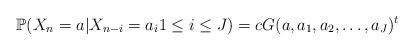
LaTeX: \begin{align*}\mathbb{P}(X_{n}=a|X_{n-i}=a_i1\le i\le J)= c G(a,a_1,a_2,\dots,a_J)^t\end{align*}